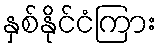
နှစ်နိုင်ငံကြား